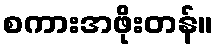
စကားအဖိုးတန်။